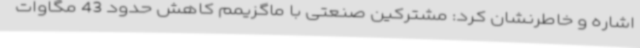
اشاره و خاطرنشان کرد: مشترکین صنعتی با ماگزیمم کاهش حدود 43 مگاوات